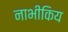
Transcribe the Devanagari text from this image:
नाभीकिय